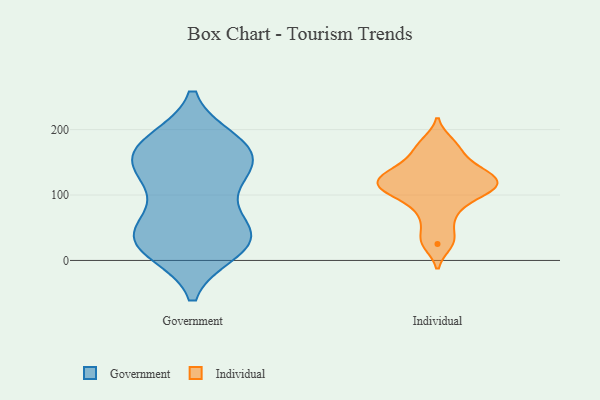
{"axis": {"x": "LTV (USD)", "y": "Value"}, "legend": ["Government", "Individual"], "data": [{"x": "", "y": 55, "type": "Government"}, {"x": "", "y": 134, "type": "Government"}, {"x": "", "y": 37, "type": "Government"}, {"x": "", "y": 16, "type": "Government"}, {"x": "", "y": 17, "type": "Government"}, {"x": "", "y": 27, "type": "Government"}, {"x": "", "y": 99, "type": "Government"}, {"x": "", "y": 150, "type": "Government"}, {"x": "", "y": 180, "type": "Government"}, {"x": "", "y": 179, "type": "Government"}, {"x": "", "y": 121, "type": "Government"}, {"x": "", "y": 43, "type": "Government"}, {"x": "", "y": 135, "type": "Government"}, {"x": "", "y": 157, "type": "Government"}, {"x": "", "y": 52, "type": "Government"}, {"x": "", "y": 178, "type": "Government"}, {"x": "", "y": 156, "type": "Government"}, {"x": "", "y": 40, "type": "Government"}, {"x": "", "y": 183, "type": "Government"}, {"x": "", "y": 14, "type": "Government"}, {"x": "", "y": 112, "type": "Individual"}, {"x": "", "y": 126, "type": "Individual"}, {"x": "", "y": 180, "type": "Individual"}, {"x": "", "y": 135, "type": "Individual"}, {"x": "", "y": 25, "type": "Individual"}, {"x": "", "y": 64, "type": "Individual"}, {"x": "", "y": 106, "type": "Individual"}, {"x": "", "y": 81, "type": "Individual"}, {"x": "", "y": 105, "type": "Individual"}, {"x": "", "y": 171, "type": "Individual"}, {"x": "", "y": 106, "type": "Individual"}, {"x": "", "y": 134, "type": "Individual"}, {"x": "", "y": 129, "type": "Individual"}, {"x": "", "y": 34, "type": "Individual"}, {"x": "", "y": 117, "type": "Individual"}, {"x": "", "y": 154, "type": "Individual"}]}